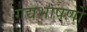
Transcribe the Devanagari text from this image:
गद्यभाषणों